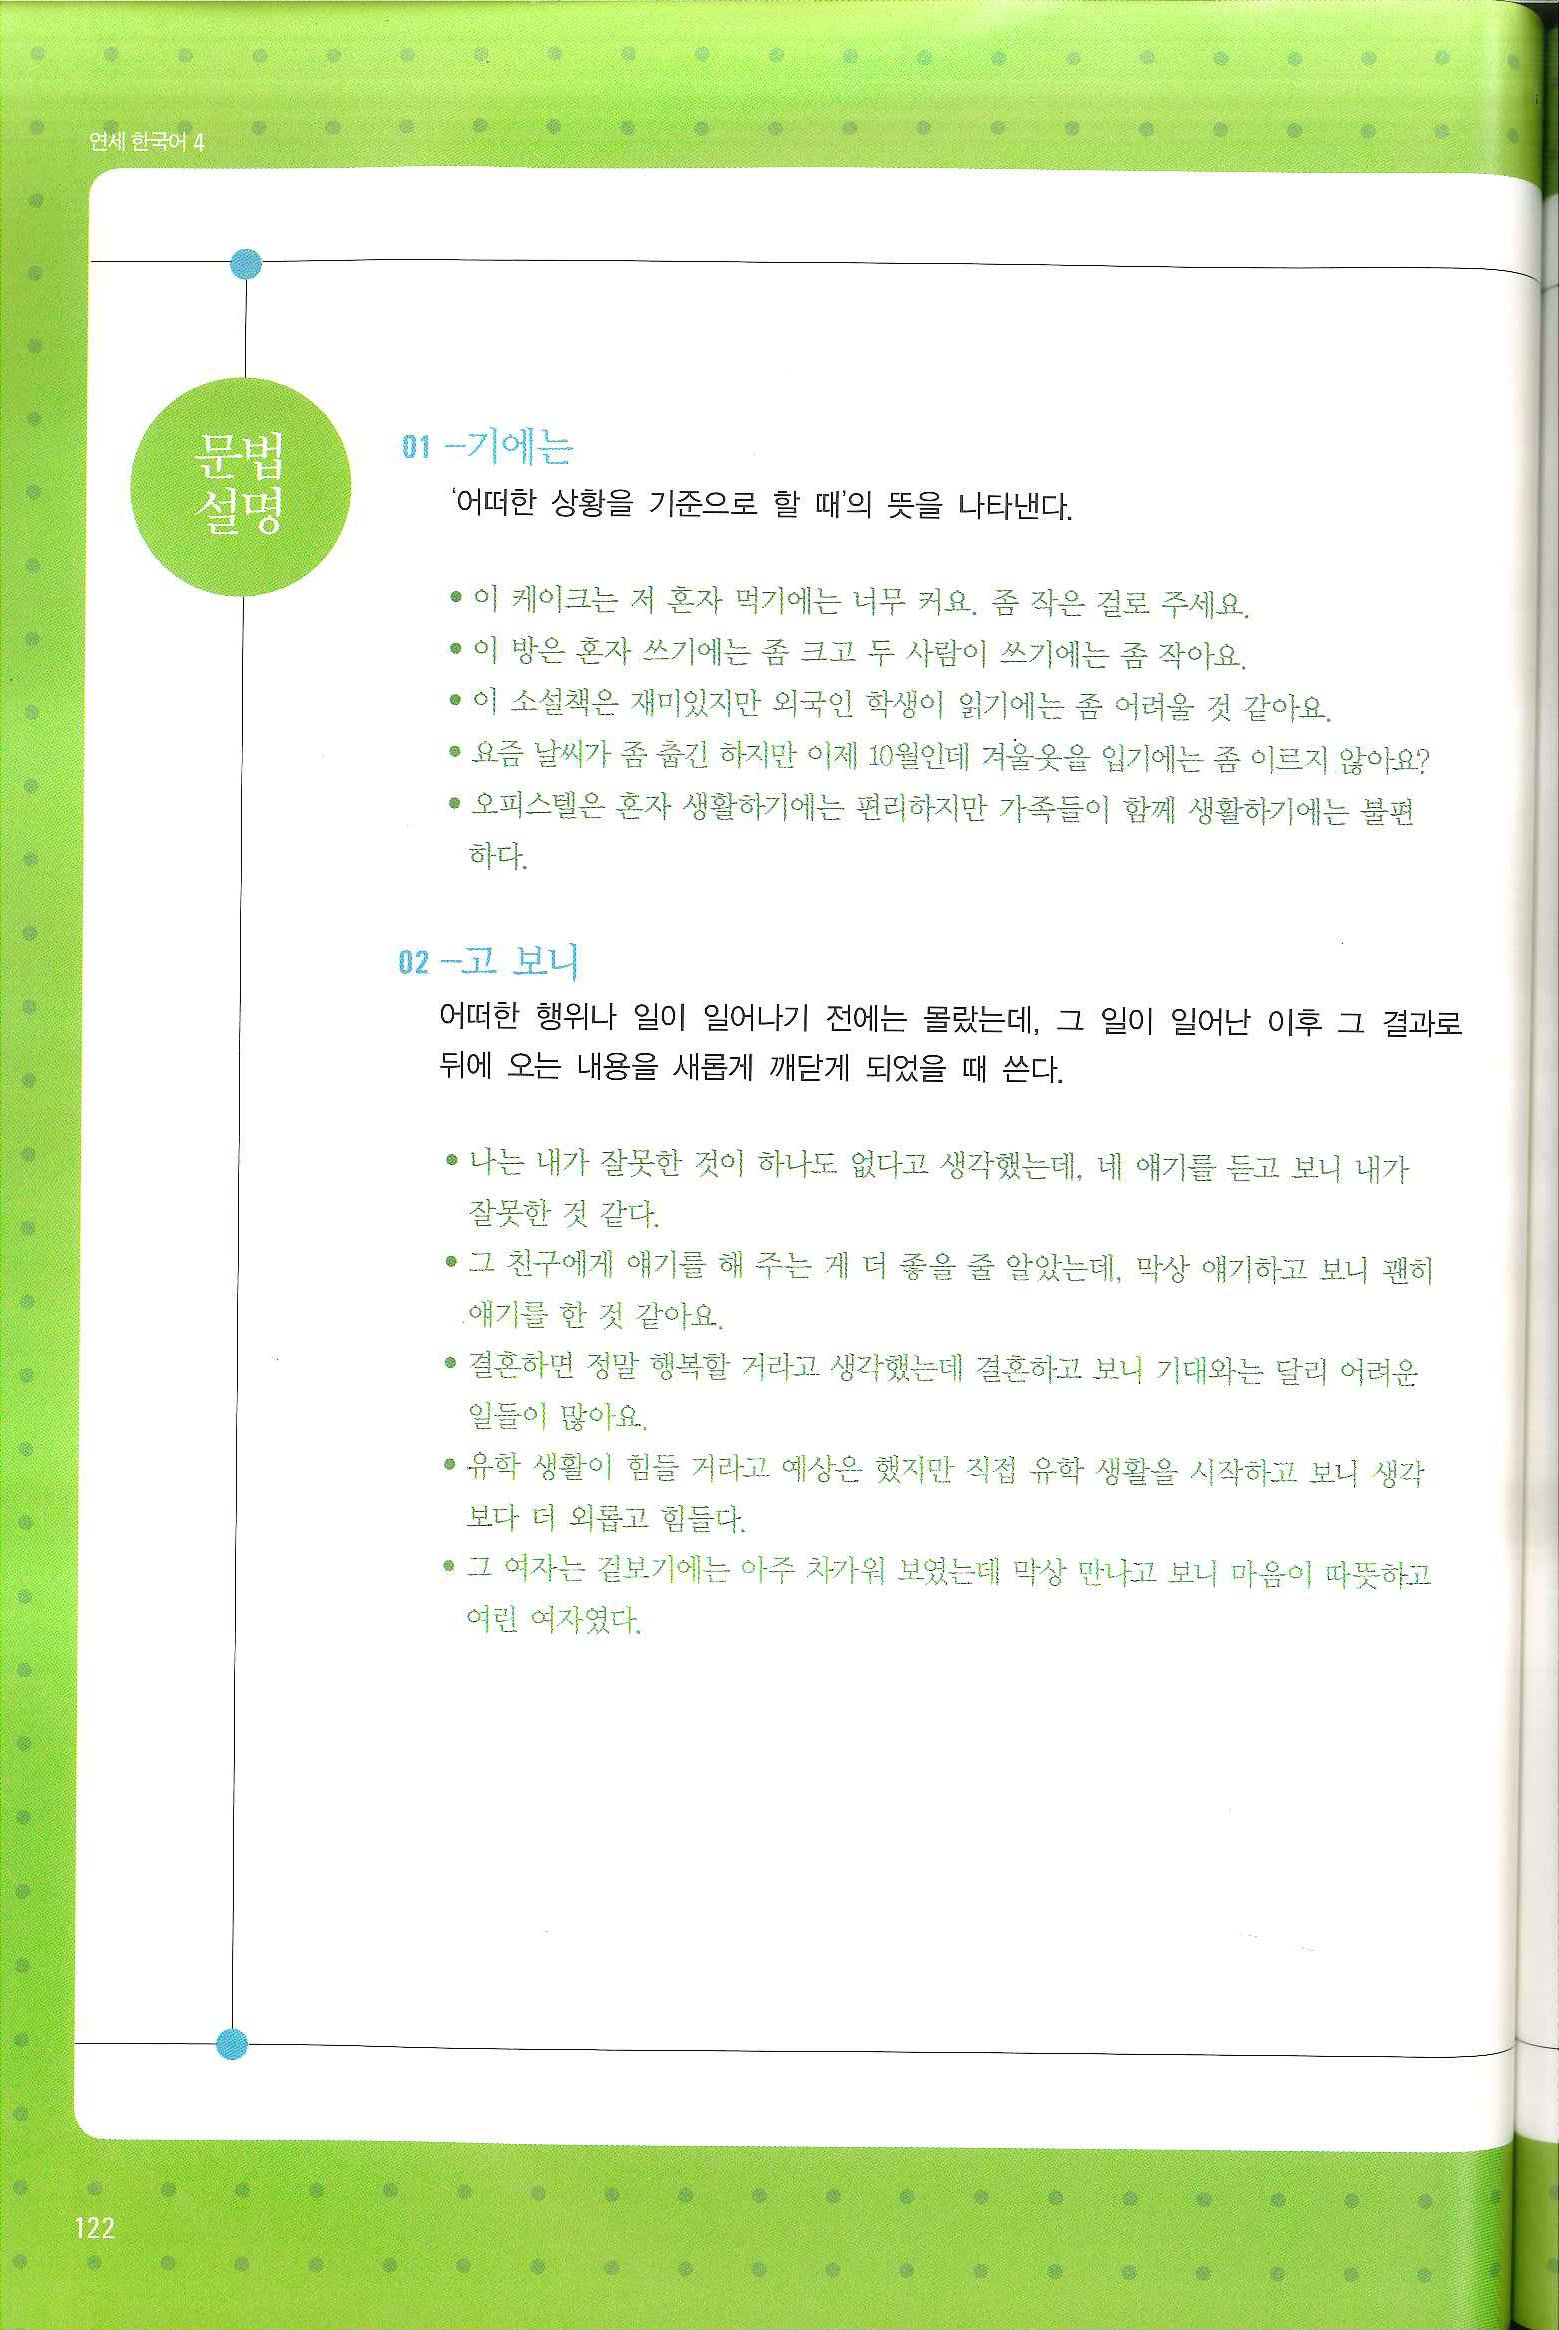
Language: ko